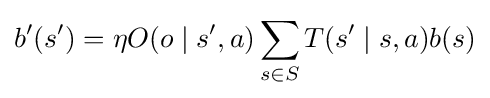
b'(s')=\eta O(o\mid s',a)\sum _{s\in S}T(s'\mid s,a)b(s)